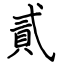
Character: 貳